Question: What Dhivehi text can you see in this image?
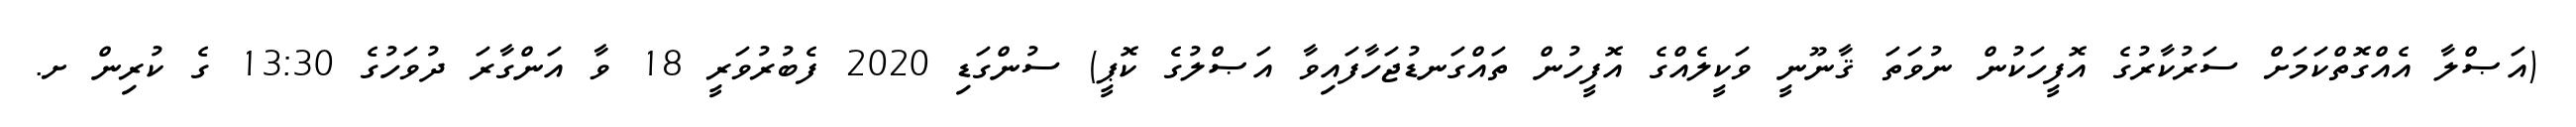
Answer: (އަޞްލާ އެއްގޮތްކަމަށް ސަރުކާރުގެ އޮފީހަކުން ނުވަތަ ޤާނޫނީ ވަކީލެއްގެ އޮފީހުން ތައްގަނޑުޖަހާފައިވާ އަޞްލުގެ ކޮޕީ) ސުންގަޑި 2020 ފެބުރުވަރީ 18 ވާ އަންގާރަ ދުވަހުގެ 13:30 ގެ ކުރިން ށ.